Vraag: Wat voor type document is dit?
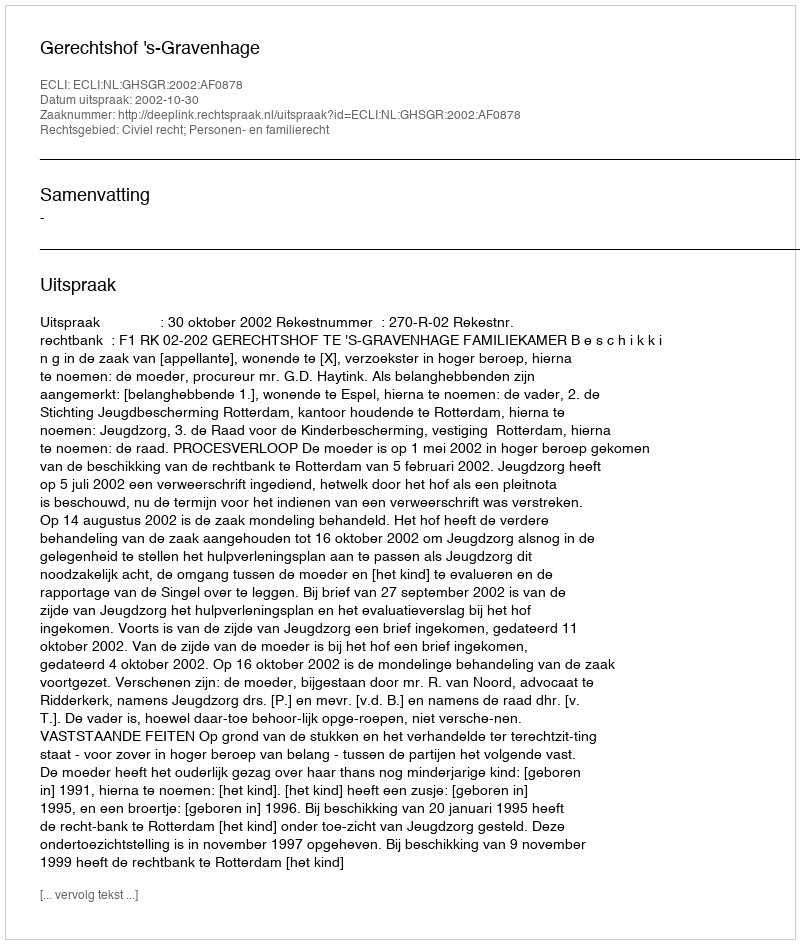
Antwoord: Uitspraak